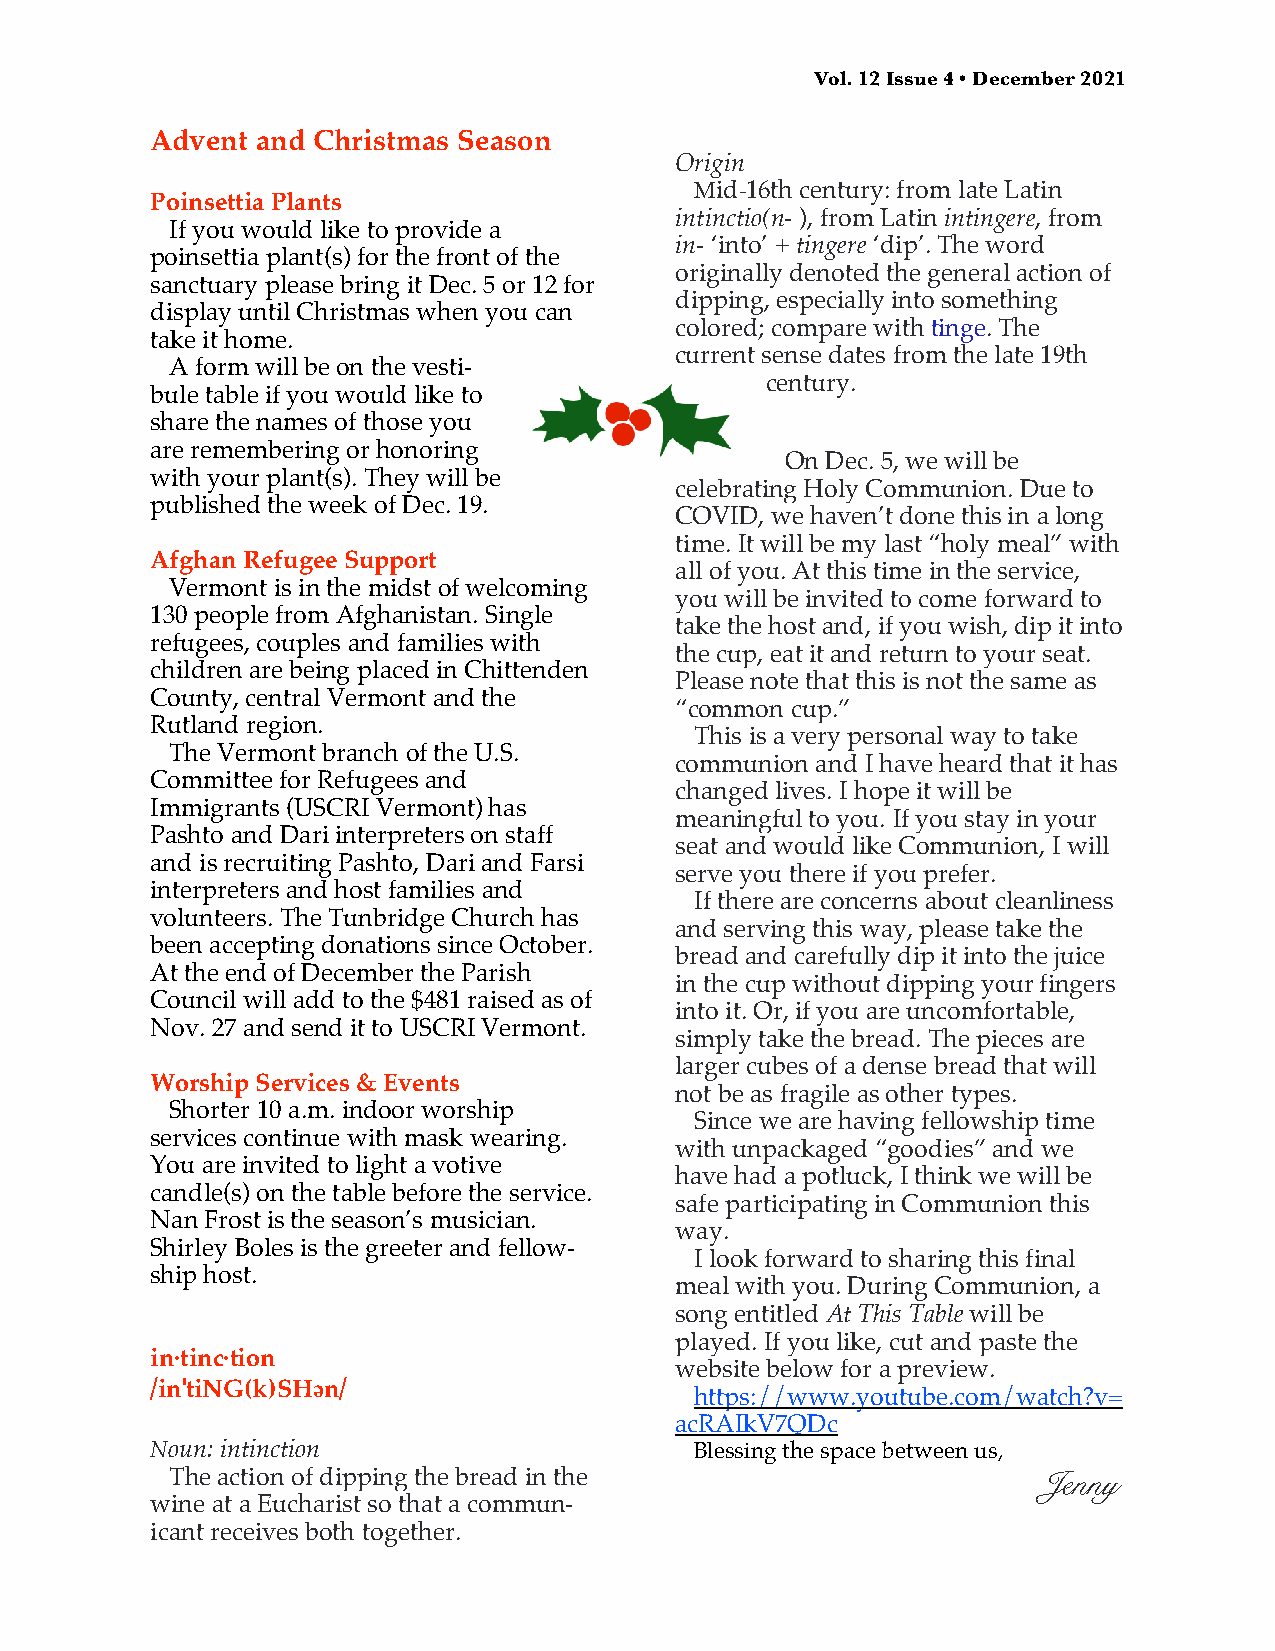
Vol. 12 Issue 4 • December 2021
 Advent and Christmas Season
 Origin
 Mid-16th century: from late Latin
 Poinsettia Plants
 intinctio(n- ), from Latin intingere, from
 If you would like to provide a
 in- ‘into’ + tingere ‘dip’. The word
 poinsettia plant(s) for the front of the
 originally denoted the general action of
 sanctuary please bring it Dec. 5 or 12 for
 dipping, especially into something
 display until Christmas when you can
 colored; compare with tinge. The
 take it home.
 current sense dates from the late 19th
 A form will be on the vesti-
 century.
 bule table if you would like to
 share the names of those you
 are remembering or honoring
 On Dec. 5, we will be
 with your plant(s). They will be
 celebrating Holy Communion. Due to
 published the week of Dec. 19.
 COVID, we haven’t done this in a long
 time. It will be my last “holy meal” with
 Afghan Refugee Support
 all of you. At this time in the service,
 Vermont is in the midst of welcoming
 you will be invited to come forward to
 130 people from Afghanistan. Single
 take the host and, if you wish, dip it into
 refugees, couples and families with
 the cup, eat it and return to your seat.
 children are being placed in Chittenden
 Please note that this is not the same as
 County, central Vermont and the
 “common cup.”
 Rutland region.
 This is a very personal way to take
 The Vermont branch of the U.S.
 communion and I have heard that it has
 Committee for Refugees and
 changed lives. I hope it will be
 Immigrants (USCRI Vermont) has
 meaningful to you. If you stay in your
 Pashto and Dari interpreters on staff
 seat and would like Communion, I will
 and is recruiting Pashto, Dari and Farsi
 serve you there if you prefer.
 interpreters and host families and
 If there are concerns about cleanliness
 volunteers. The Tunbridge Church has
 and serving this way, please take the
 been accepting donations since October.
 bread and carefully dip it into the juice
 At the end of December the Parish
 in the cup without dipping your fingers
 Council will add to the $481 raised as of
 into it. Or, if you are uncomfortable,
 Nov. 27 and send it to USCRI Vermont.
 simply take the bread. The pieces are
 larger cubes of a dense bread that will
 Worship Services & Events
 not be as fragile as other types.
 Shorter 10 a.m. indoor worship
 Since we are having fellowship time
 services continue with mask wearing.
 with unpackaged “goodies” and we
 You are invited to light a votive
 have had a potluck, I think we will be
 candle(s) on the table before the service.
 safe participating in Communion this
 Nan Frost is the season’s musician.
 way.
 Shirley Boles is the greeter and fellow-
 I look forward to sharing this final
 ship host.
 meal with you. During Communion, a
 song entitled At This Table will be
 played. If you like, cut and paste the
 in·tinc·tion
 website below for a preview.
 /inˈtiNG(k)SHәn/
 https://www.youtube.com/watch?v=
 acRAIkV7QDc
 Noun: intinction                    Blessing the space between us,
 The action of dipping the bread in the                    Jenny
 wine at a Eucharist so that a commun-
 icant receives both together.